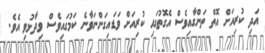
އަދި ކުރިއަށް އޮތް ތަންގާއިވެސް އެގޮތުގައި ކުރިއަށް ވަޑައިގަންނަވާނެ ކަމުގައިވެސް ވިދާޅުވި އެވެ.